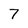
Character: 7